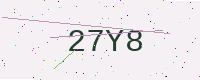
Text: 27Y8